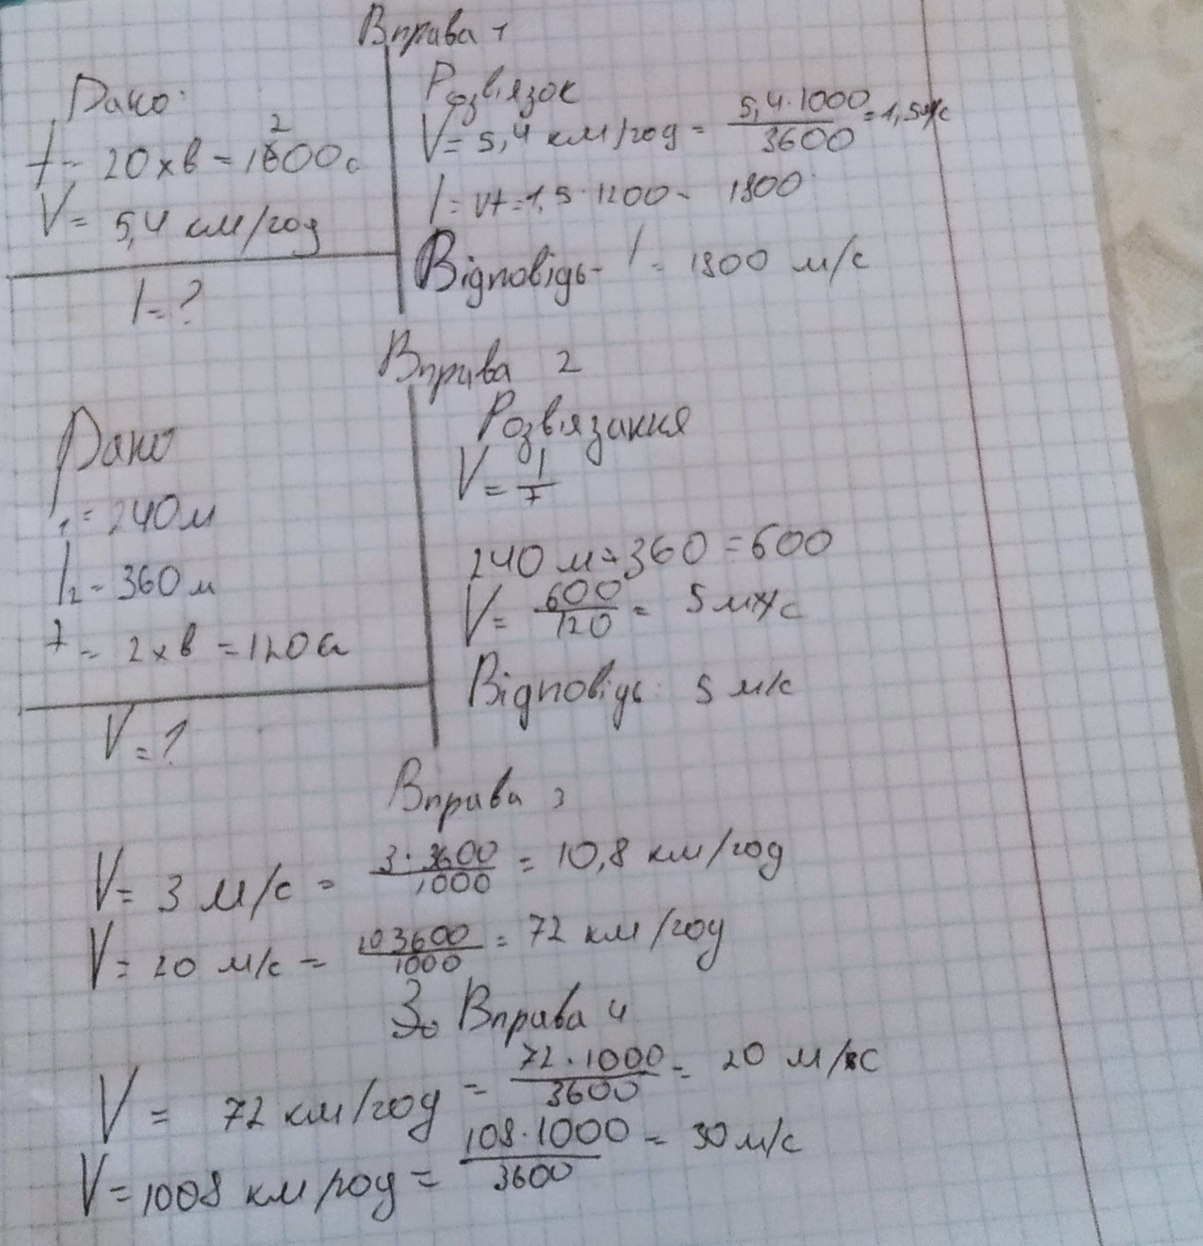
Вправа 1
Розв'язок
Дано:
V = 5,4 км/год = 5,4 * 1000 / 3600 = 1,5 м/с
t = 20 хв = 1~~6~~{2}00 c
l = vt = 1,5 * 1200 = 1800
V = 5,4 км/год
Відповідь - l = 1800 м/с
І - ?
Вправа 2
Розв'язання
Дано
V = І/t
І1 = 240 м
240 м + 360 = 600
l2 = 360 м
V = 600 / 120 = 5 мнс
f = 2 хв = 120 a
Відповідь: 5 м/с
V = ?
Вправа 3
V = 3 м/с = (3 * 3600) / 1000 = 10,8 км/год
V = 20 м/с = 20   3600 / 1000 = 72 км/год
~~3о~~ Вправа 4
V = 72 км/год = 72 * 1000 / 3600 = 20 м/~~[illegible]~~с
V = 1008 км/год = 108*1000/3600 = 30 м/с